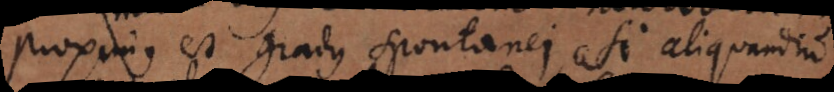
Proximus est gradus spontanei, si aliquandiu